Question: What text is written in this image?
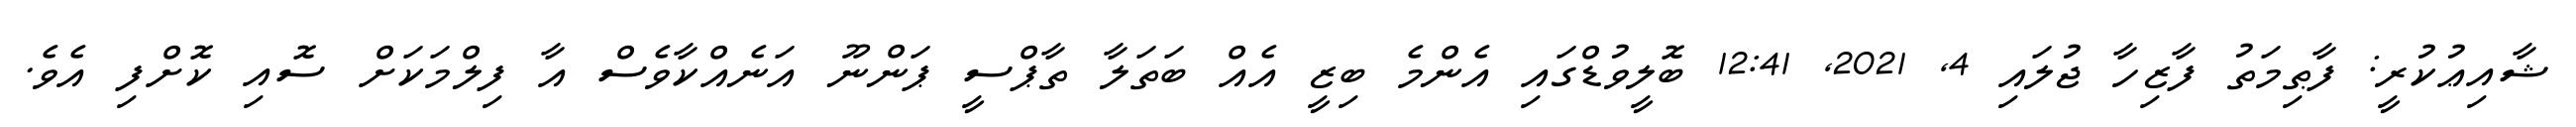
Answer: ޝާއިޢުކުރީ: ފާޠިމަތު ފާޒިހާ ޖުލައި 4, 2021, 12:41 ބޮލީވުޑްގައި އެންމެ ބިޒީ އެއް ބަތަލާ ތާޕްސީ ޕަންނޫ އަނެއްކާވެސް އާ ފިލްމަކަށް ސޮއި ކޮށްފި އެވެ.